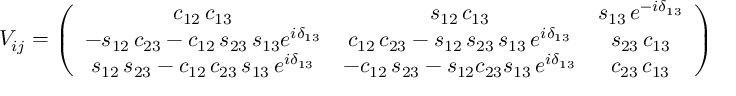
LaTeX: V _ { i j } = \left( \begin{array} { c c c } { { c _ { 1 2 } \, c _ { 1 3 } } } & { { s _ { 1 2 } \, c _ { 1 3 } } } & { { s _ { 1 3 } \, e ^ { - i \delta _ { 1 3 } } } } \\ { { - s _ { 1 2 } \, c _ { 2 3 } - c _ { 1 2 } \, s _ { 2 3 } \, s _ { 1 3 } e ^ { i \delta _ { 1 3 } } } } & { { c _ { 1 2 } \, c _ { 2 3 } - s _ { 1 2 } \, s _ { 2 3 } \, s _ { 1 3 } \, e ^ { i \delta _ { 1 3 } } } } & { { s _ { 2 3 } \, c _ { 1 3 } } } \\ { { s _ { 1 2 } \, s _ { 2 3 } - c _ { 1 2 } \, c _ { 2 3 } \, s _ { 1 3 } \, e ^ { i \delta _ { 1 3 } } } } & { { - c _ { 1 2 } \, s _ { 2 3 } - s _ { 1 2 } c _ { 2 3 } s _ { 1 3 } \, e ^ { i \delta _ { 1 3 } } } } & { { c _ { 2 3 } \, c _ { 1 3 } } } \end{array} \right)